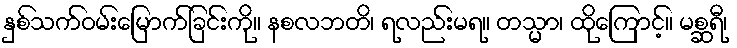
နှစ်သက်ဝမ်းမြောက်ခြင်းကို။ နစလဘတိ၊ ရလည်းမရ။ တသ္မာ၊ ထိုကြောင့်။ မစ္ဆရီ၊